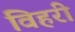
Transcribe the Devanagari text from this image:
विहरी